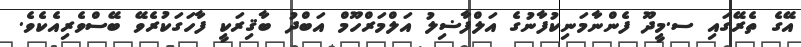
އޭގެ ތެރޭގައި ސ.މީދޫ ފެންނާމަނިކުފާނުގެ އަލްފާޟިލު އަލްމަރްހޫމް އަބްދު ބާޤިރަކީ ފާހަގަކުރެވޭ ބޭސްވެރިއެކެވެ.